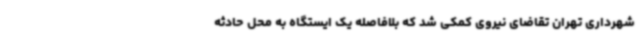
شهرداری تهران تقاضای نیروی کمکی شد که بلافاصله یک ایستگاه به محل حادثه